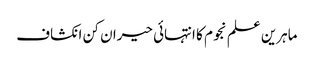
ماہرین علم نجوم کا انتہائی حیران کن انکشاف